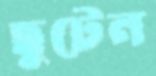
ছুটেন